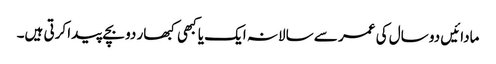
مادائیں دو سال کی عمر سے سالانہ ایک یا کبھی کبھار دو بچے پیدا کرتی ہیں۔